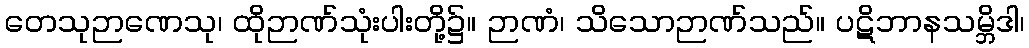
တေသုဉာဏေသု၊ ထိုဉာဏ်သုံးပါးတို့၌။ ဉာဏံ၊ သိသောဉာဏ်သည်။ ပဋိဘာနသမ္ဘိဒါ၊